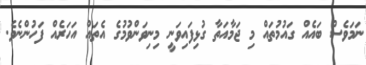
ނަމަވެސް ބައެއް ގައުމުތައް މި ޖަމާއަތާ ގުޅިފައިވަނީ މިނިވަންވުމުގެ އެތައް އަހަރެއް ފަހުންނެވެ.